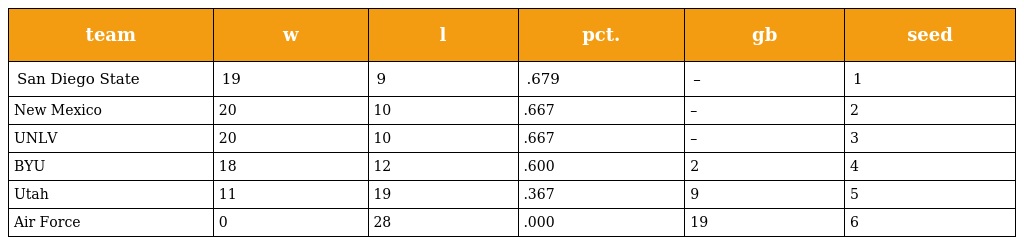
| team | w | l | pct. | gb | seed |
 | --- | --- | --- | --- | --- | --- |
 | San Diego State | 19 | 9 | .679 | – | 1 |
 | New Mexico | 20 | 10 | .667 | – | 2 |
 | UNLV | 20 | 10 | .667 | – | 3 |
 | BYU | 18 | 12 | .600 | 2 | 4 |
 | Utah | 11 | 19 | .367 | 9 | 5 |
 | Air Force | 0 | 28 | .000 | 19 | 6 |